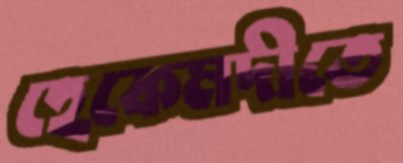
হেকেমদীতে